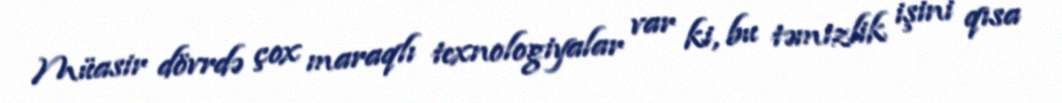
Müasir dövrdə çox maraqlı texnologiyalar var ki, bu təmizlik işini qısa